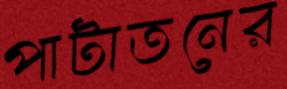
পাটাতনের